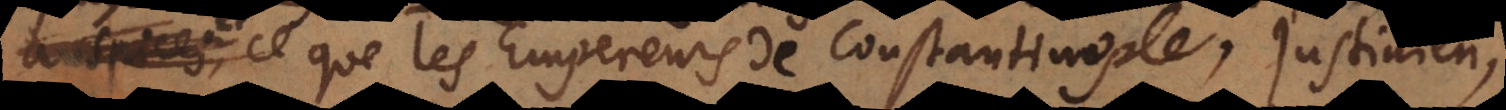
et ce que les Empereurs de Constantinople, Justinien,